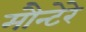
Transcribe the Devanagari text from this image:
मौन्टेरे